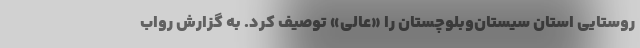
روستایی استان سیستان‌وبلوچستان را «عالی» توصیف کرد. به گزارش رواب